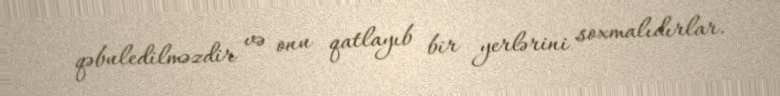
qəbuledilməzdir və onu qatlayıb bir yerlərini soxmalıdırlar.